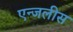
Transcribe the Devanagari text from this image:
एन्जलीस